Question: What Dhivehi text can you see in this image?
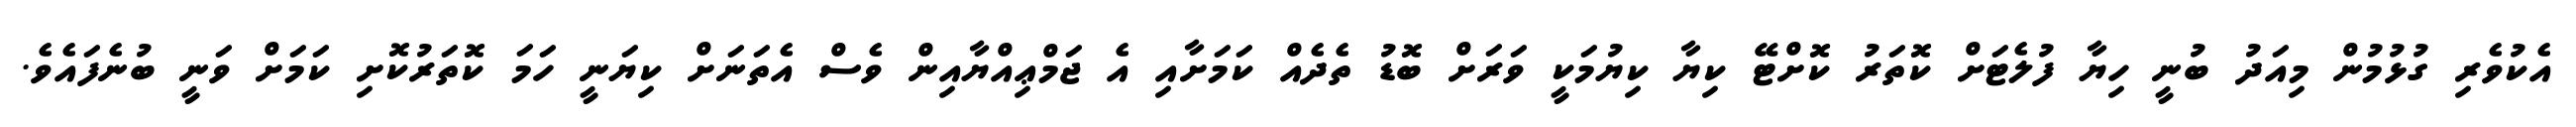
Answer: އެކުވެރި ގުޅުމުން މިއަދު ބުނީ ހިޔާ ފުލެޓަށް ކޮތަރު ކޮށްޓޭ ކިޔާ ކިޔުމަކީ ވަރަށް ބޮޑު ތެދެއް ކަމަށާއި އެ ޖަމްޢިއްޔާއިން ވެސް އެތަނަށް ކިޔަނީ ހަމަ ކޮތަރުކޮށި ކަމަށް ވަނީ ބުނެފައެވެ.